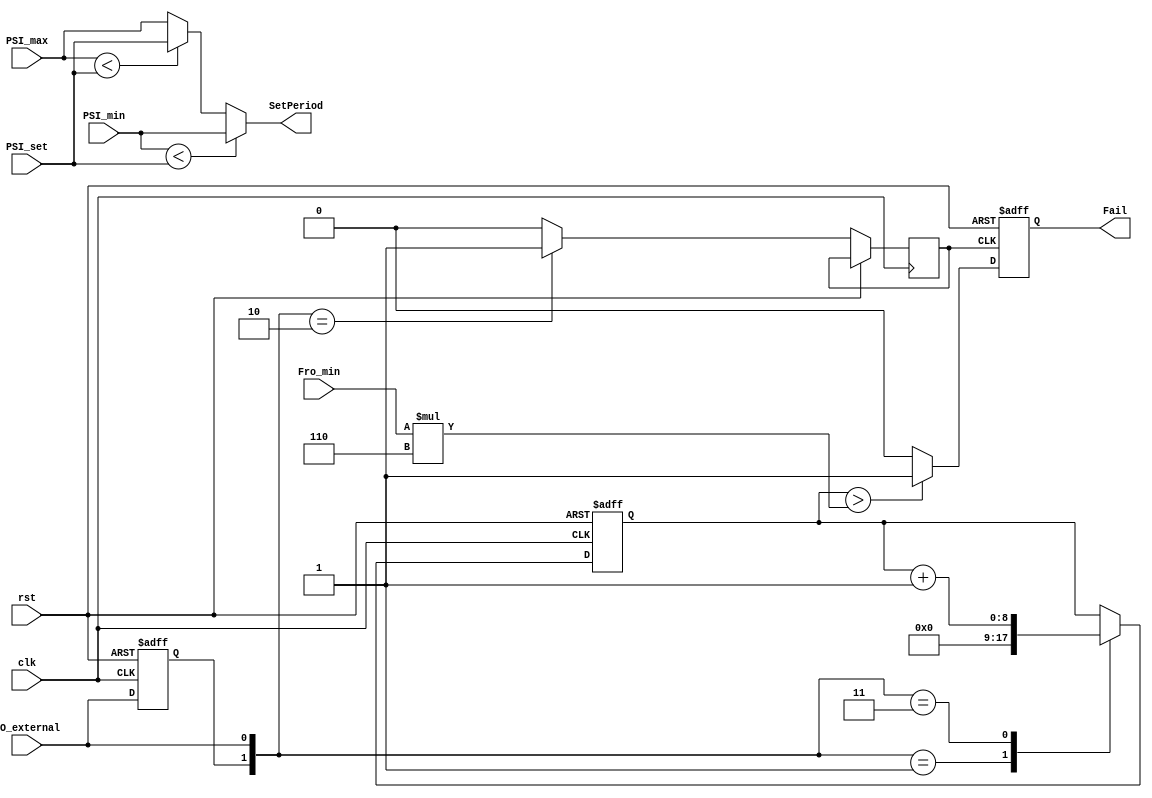
module Monitoring(input clk, rst, input [7 : 0]Fro_min, input [7 : 0]PSI_min, input [7 : 0]PSI_max, input [7 : 0]PSI_set
		, input RO_external, output reg Fail, output [7 : 0]SetPeriod);
	assign SetPeriod = (PSI_min < PSI_set) ? PSI_min:
			(PSI_max < PSI_set) ? PSI_set : PSI_max;
	
	reg [8 : 0]cnt;
	reg old_ero;
	reg neg_ero;

	always @(posedge clk, posedge rst)
	begin
		if (rst)
		begin
			cnt = 0;
			old_ero = 0;
		end
		else
		begin
			neg_ero = 0;
			case({old_ero, RO_external})
				{1'b0, 1'b1}: cnt = 0;
				{1'b1, 1'b1}: cnt = cnt + 1;
				{1'b1, 1'b0}: neg_ero = 1;
			endcase
			old_ero = RO_external;
		end
	end
	
	always @(posedge neg_ero, posedge rst)
	begin
		if (rst)
			Fail = 0;
		else if (cnt > Fro_min * 6)
			Fail = 1;
		else
			Fail = 0;
	end
endmodule